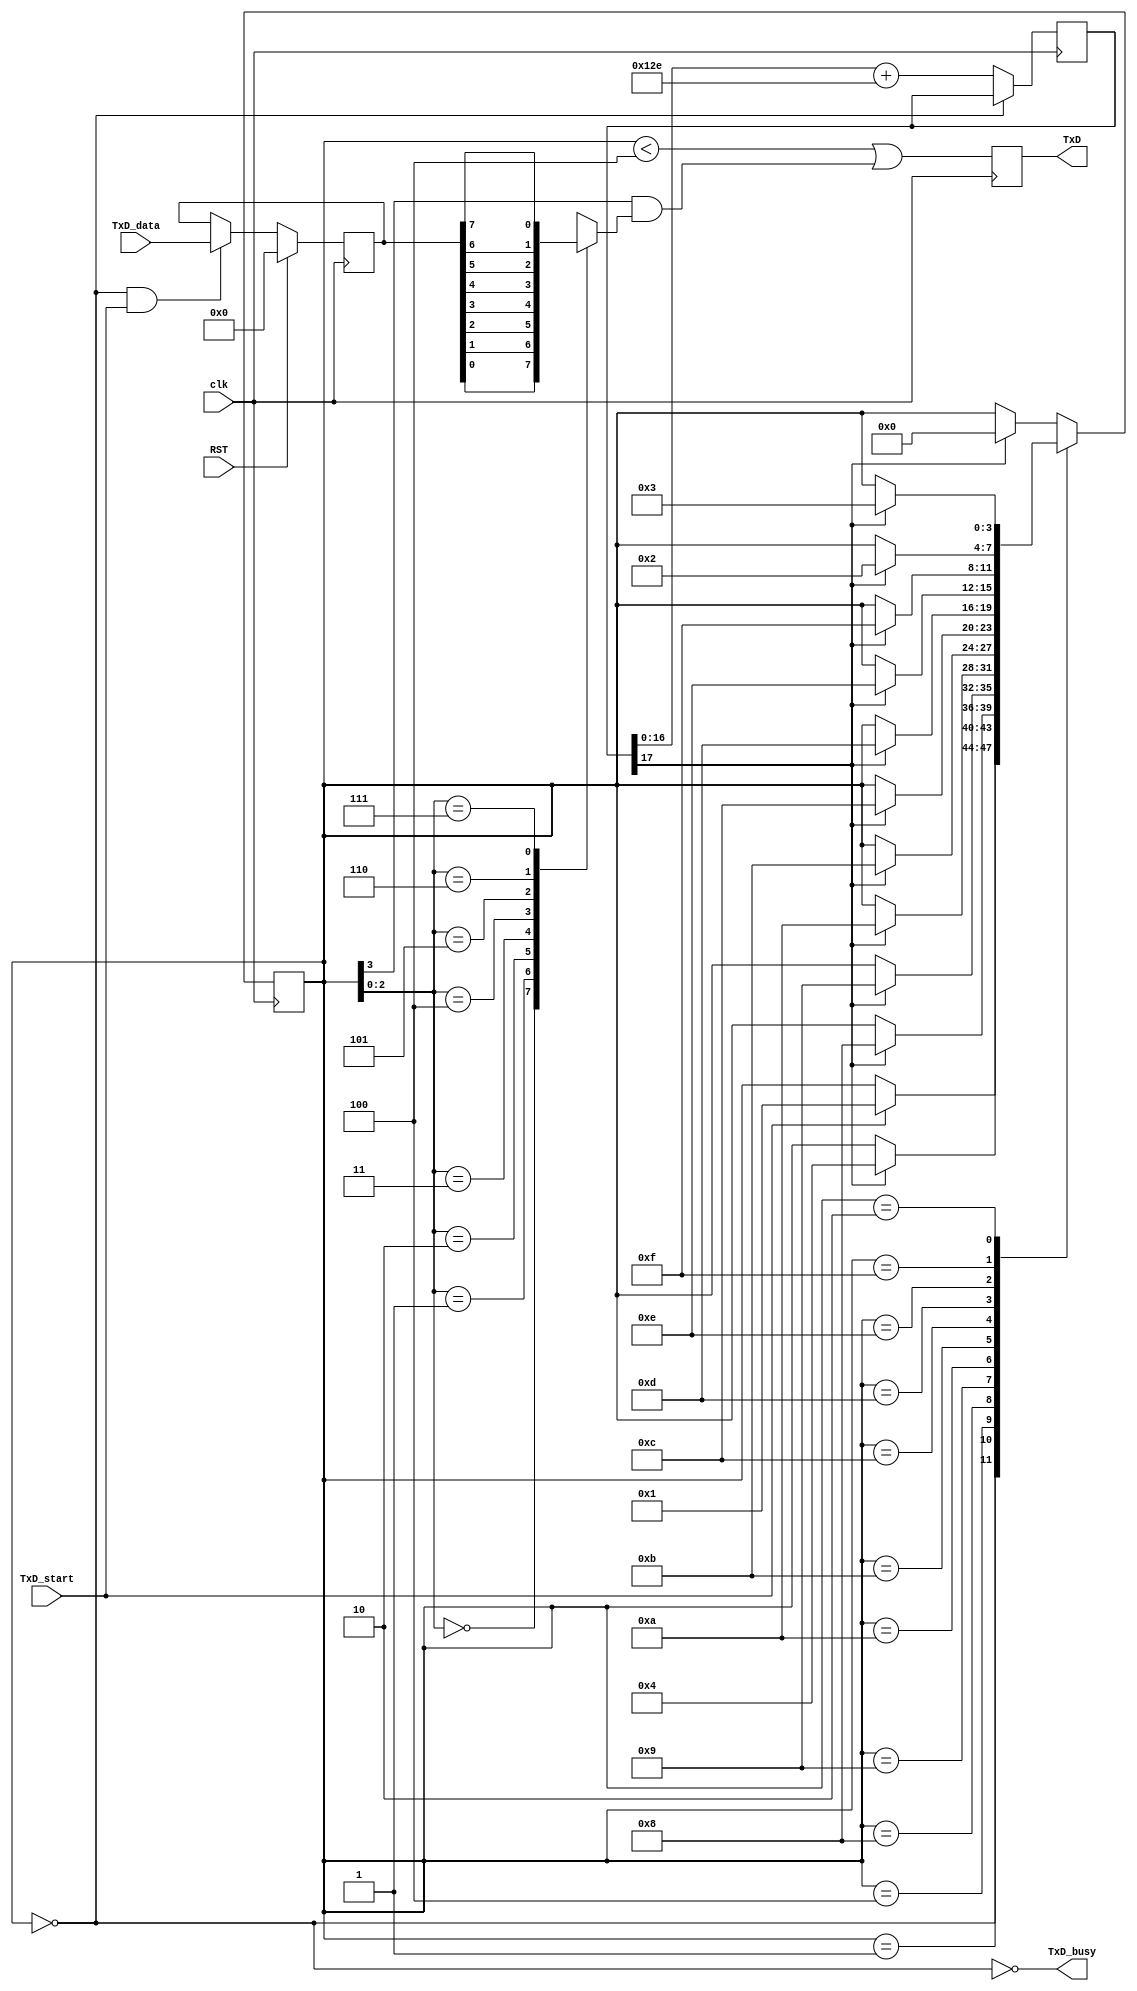
`timescale 1ns / 1ps
//////////////////////////////////////////////////////////////////////////////////
// Company: 
// Engineer: 
// 
// Design Name: 
// Module Name:    rs232 
// Project Name: 
// Target Devices: 
// Tool versions: 
// Description: 
//
// Dependencies: 
//
// Revision: 
// Revision 0.01 - File Created
// Additional Comments: 
//   original source fpga4fun.com
//
//////////////////////////////////////////////////////////////////////////////////
module rs232(
		clk,
		RST,
		TxD_start, 
		TxD_data, 
		TxD, 
		TxD_busy
    );
input clk, TxD_start;
input [7:0] TxD_data;
input RST;
output TxD, TxD_busy;


parameter ClkFrequency = 50000000; // 50MHz
parameter Baud = 115200;
parameter BaudGeneratorAccWidth = 17;
parameter BaudGeneratorInc = ((Baud<<(BaudGeneratorAccWidth-4))+(ClkFrequency>>5))/(ClkFrequency>>4); 
//(Baud<<BaudGeneratorAccWidth)/ClkFrequency;
//parameter RegisterInputData = 1;	// in RegisterInputData mode, the input doesn't have to stay valid while the character is been transmitted


reg [BaudGeneratorAccWidth:0] BaudGeneratorAcc;

/*always @(posedge clk)
  BaudGeneratorAcc <= BaudGeneratorAcc[BaudGeneratorAccWidth-1:0] + BaudGeneratorInc;
*/
always @(posedge clk) 
     if(TxD_busy) 
	      BaudGeneratorAcc <= BaudGeneratorAcc[BaudGeneratorAccWidth-1:0] + BaudGeneratorInc;
			
			
wire BaudTick = BaudGeneratorAcc[BaudGeneratorAccWidth]; 

// Transmitter state machine
reg [3:0] state;
wire TxD_ready = (state==0);
assign TxD_busy = ~TxD_ready;

//reg [7:0] TxD_dataReg_d;
reg [7:0] TxD_dataReg_q;

always @(posedge clk) 
	if ( RST ) begin
		TxD_dataReg_q <= 8'b0;
	end
	else
	if(TxD_ready & TxD_start) begin
		TxD_dataReg_q <= TxD_data;
	end
	else begin
		TxD_dataReg_q <= TxD_dataReg_q;
	end
	
	
wire [7:0] TxD_dataD = TxD_dataReg_q;

always @(posedge clk)
case(state)
	4'b0000: if(TxD_start) state <= 4'b0001;
	4'b0001: if(BaudTick) state <= 4'b0100;
	4'b0100: if(BaudTick) state <= 4'b1000;  // start
	4'b1000: if(BaudTick) state <= 4'b1001;  // bit 0
	4'b1001: if(BaudTick) state <= 4'b1010;  // bit 1
	4'b1010: if(BaudTick) state <= 4'b1011;  // bit 2
	4'b1011: if(BaudTick) state <= 4'b1100;  // bit 3
	4'b1100: if(BaudTick) state <= 4'b1101;  // bit 4
	4'b1101: if(BaudTick) state <= 4'b1110;  // bit 5
	4'b1110: if(BaudTick) state <= 4'b1111;  // bit 6
	4'b1111: if(BaudTick) state <= 4'b0010;  // bit 7
	4'b0010: if(BaudTick) state <= 4'b0011;  // stop1
	4'b0011: if(BaudTick) state <= 4'b0000;  // stop2
	default: if(BaudTick) state <= 4'b0000;
endcase

// Output mux
reg muxbit;
always @( * )
case(state[2:0])
	3'd0: muxbit <= TxD_dataD[0];
	3'd1: muxbit <= TxD_dataD[1];
	3'd2: muxbit <= TxD_dataD[2];
	3'd3: muxbit <= TxD_dataD[3];
	3'd4: muxbit <= TxD_dataD[4];
	3'd5: muxbit <= TxD_dataD[5];
	3'd6: muxbit <= TxD_dataD[6];
	3'd7: muxbit <= TxD_dataD[7];
endcase

// Put together the start, data and stop bits
reg TxD;
always @(posedge clk) 
	TxD <= (state<4) | (state[3] & muxbit);  // register the output to make it glitch free

endmodule